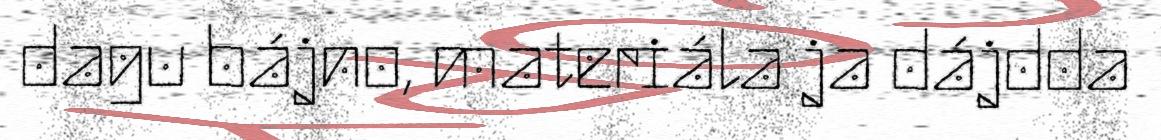
dagu bájno, materiála ja dájdda